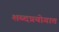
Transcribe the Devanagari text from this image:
शब्दप्रयोगात